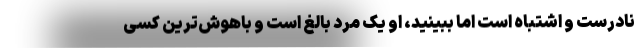
نادرست و اشتباه است اما ببینید، او یک مرد بالغ است و باهوش‌ترین کسی